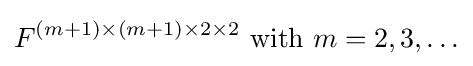
F^{(m+1)\times (m+1)\times 2\times 2}{\text{ with }}m=2,3,\ldots